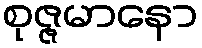
စုဇ္ဇမာနော